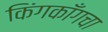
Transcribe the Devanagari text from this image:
किंगकाँगचा